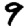
Digit: 9